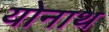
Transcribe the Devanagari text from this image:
योनाथ